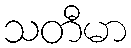
သတီမာ